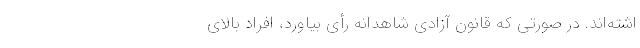
اشته‌اند. در صورتی که قانون آزادی شاهدانه رأی بیاورد، افراد بالای